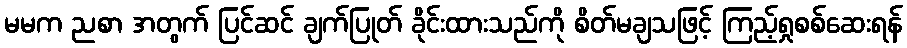
မမက ညစာ အတွက် ပြင်ဆင် ချက်ပြုတ် ခိုင်းထားသည်ကို စိတ်မချသဖြင့် ကြည့်ရှုစစ်ဆေးရန်